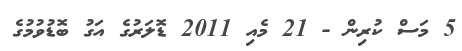
5 މަސް ކުރިން - 21 މެއި 2011 ޑޮލަރުގެ އަގު ބޮޑުވުމުގެ